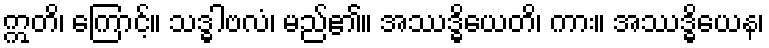
ဣတိ၊ ကြောင့်။ သဒ္ဓါဗလံ၊ မည်၏။ အဿဒ္ဓိယေတိ၊ ကား။ အဿဒ္ဓိယေန၊